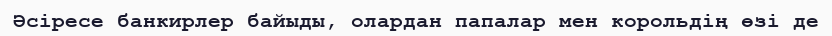
Әсіресе банкирлер байыды, олардан папалар мен корольдің өзі де